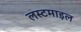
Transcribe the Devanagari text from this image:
लस्टमाइल